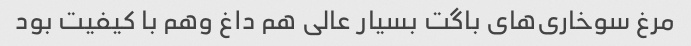
مرغ سوخاری‌های باگت بسیار عالی هم داغ وهم با کیفیت بود